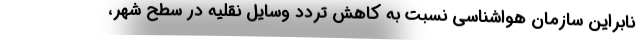
نابراین سازمان هواشناسی نسبت به کاهش تردد وسایل نقلیه در سطح شهر،